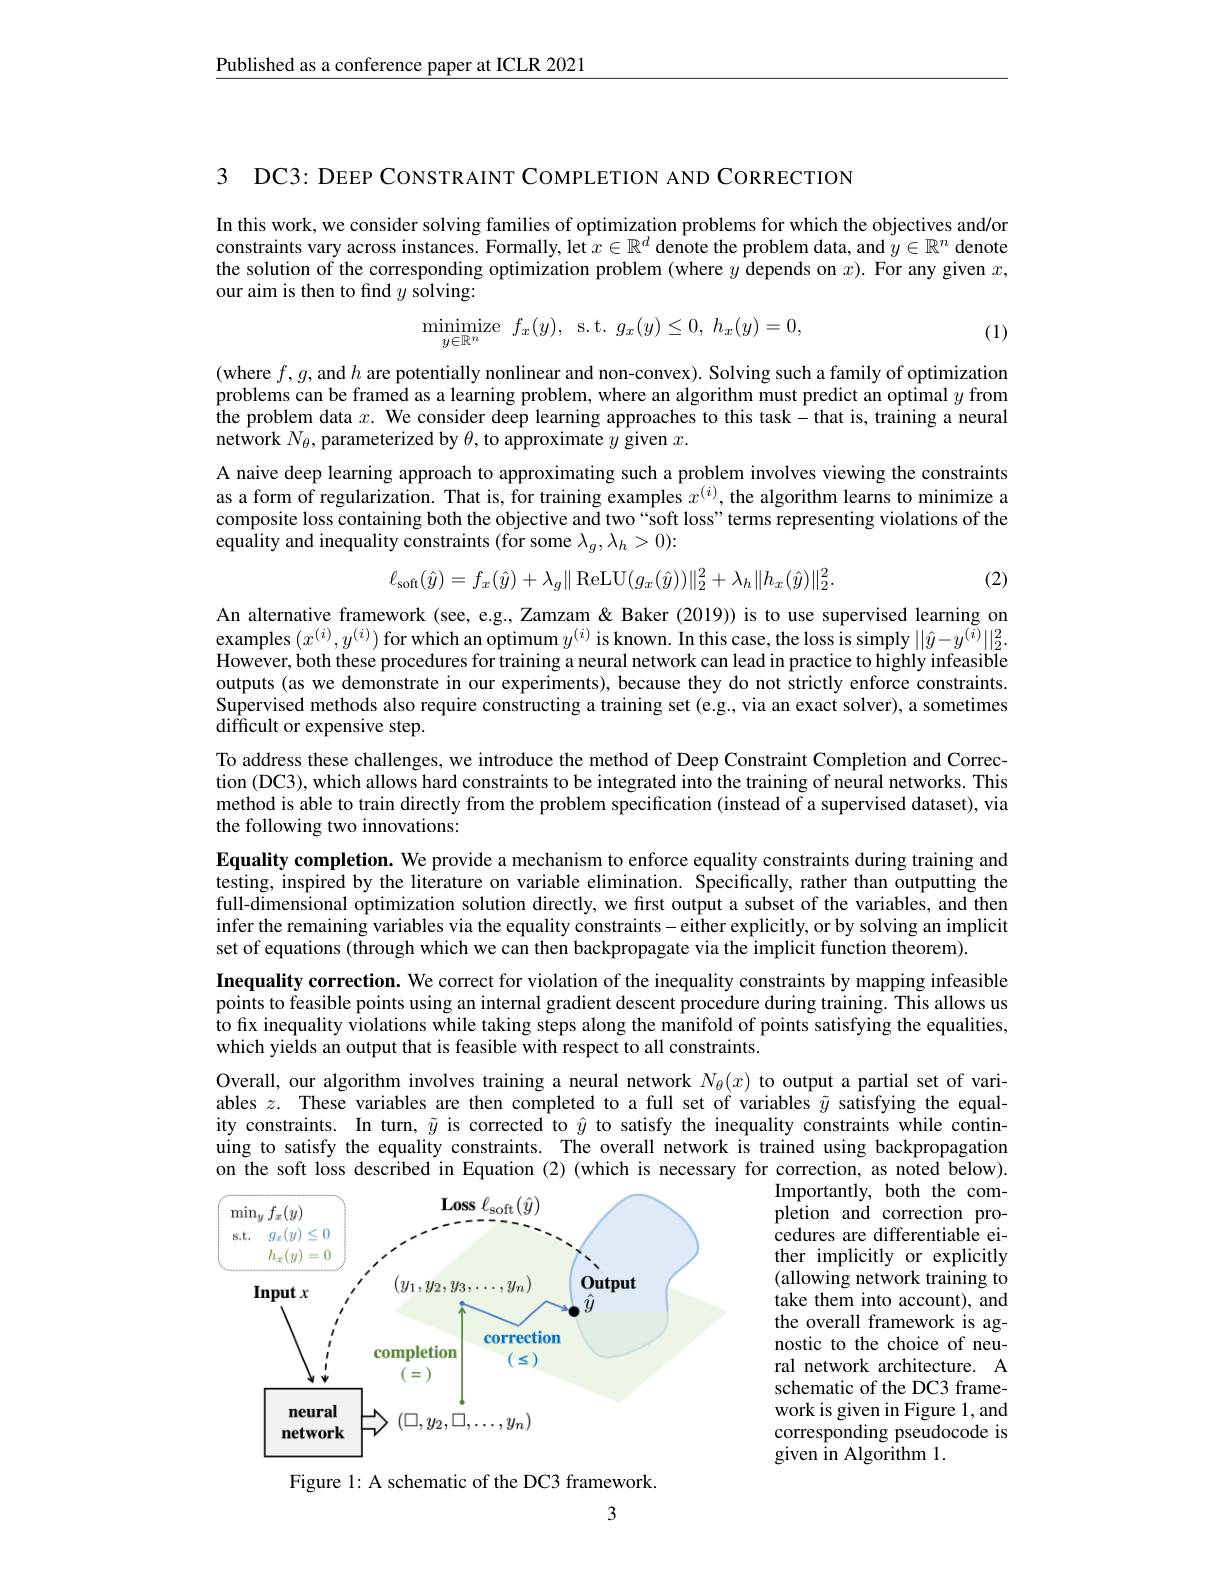
Published as a conference paper at ICLR 2021

3 DC3: DEEP CONSTRAINT COMPLETION AND CORRECTION

In this work, we consider solving families of optimization problems for which the objectives and/or constraints vary across instances. Formally, let $x\in\mathbb{R}^d$ denote the problem data, and $y\in\mathbb{R}^n$ denote the solution of the corresponding optimization problem (where $y$ depends on $x).$ For any given $x$, our aim is then to find $y$ solving:
$$\begin{matrix}\text{minimize}&f_x(y),&\text{s.t.}&g_x(y)\leq0,&h_x(y)=0,\end{matrix}$$
(1)

(where $f,g$, and $h$ are potentially nonlinear and non-convex). Solving such a family of optimization problems can be framed as a learning problem, where an algorithm must predict an optimal $y$ from the problem data $x.$ We consider deep learning approaches to this task-that is, training a neural $\bar{\text{network }N_{\theta}}$,parameterized by $\theta$, to approximate $y$ given $x.$
A naive deep learning approach to approximating such a problem involves viewing the constraints as a form of regularization. That is, for training examples $x^{(i)}$, the algorithm learns to minimize a composite loss containing both the objective and two“soft loss”terms representing violations of the equality and inequality constraints (for some $\lambda_g,\lambda_h>0){:}$

(2)
$$\ell_{\mathrm{soft}}(\hat{y})=f_{x}(\hat{y})+\lambda_{g}\|\mathrm{ReLU}(g_{x}(\hat{y}))\|_{2}^{2}+\lambda_{h}\|h_{x}(\hat{y})\|_{2}^{2}.$$
An alternative framework (see, e.g., Zamzam & Baker (2019)) is to use supervised learning on examples $(x^(i),y^{(i)})$ for which an optimum $y^(i)$ is known. In this case, the loss is simply $||\hat{y}-y^{(\tilde{i})}||_2^2.$ However, both these procedures for training a neural network can lead in practice to highly infeasible outputs (as we demonstrate in our experiments), because they do not strictly enforce constraints. Supervised methods also require constructing a training set (e.g., via an exact solver), a sometimes difficult or expensive step.
To address these challenges, we introduce the method of Deep Constraint Completion and Correction (DC3), which allows hard constraints to be integrated into the training of neural networks. This method is able to train directly from the problem specification (instead of a supervised dataset), via the following two innovations:

Equality completion. We provide a mechanism to enforce equality constraints during training and testing, inspired by the literature on variable elimination. Specifically, rather than outputting the full-dimensional optimization solution directly, we first output a subset of the variables, and then infer the remaining variables via the equality constraints- either explicitly, or by solving an implicit set of equations (through which we can then backpropagate via the implicit function theorem).
Inequality correction. We correct for violation of the inequality constraints by mapping infeasible points to feasible points using an internal gradient descent procedure during training. This allows us to fix inequality violations while taking steps along the manifold of points satisfying the equalities, which yields an output that is feasible with respect to all constraints.
Overall, our algorithm involves training a neural network $N_\theta(x)$ to output a partial set of variables $z.$ These variables are then completed to a full set of variables $\tilde{y}$ satisfying the equality constraints. In turn, $\tilde{y}$ is corrected to $\hat{y}$ to satisfy the inequality constraints while continuing to satisfy the equality constraints. The overall network is trained using backpropagation on the soft loss described in Equation (2)(which is necessary for correction, as noted below).
Importantly, both the com-

pletion and correction procedures are differentiable either implicitly or explicitly (allowing network training to take them into account), and the overall framework is agnostic to the choice of neural network architecture. A schematic of the DC3 framework is given in Figure 1, and corresponding pseudocode is given in Algorithm 1.

<FigureHere>
Figure 1: A schematic of the DC3 framework

3